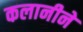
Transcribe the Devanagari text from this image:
कलानीने